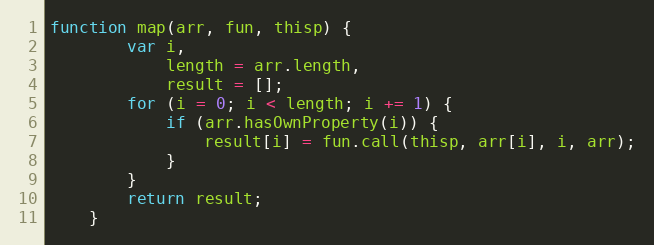
Language: JavaScript
function map(arr, fun, thisp) {
        var i,
            length = arr.length,
            result = [];
        for (i = 0; i < length; i += 1) {
            if (arr.hasOwnProperty(i)) {
                result[i] = fun.call(thisp, arr[i], i, arr);
            }
        }
        return result;
    }